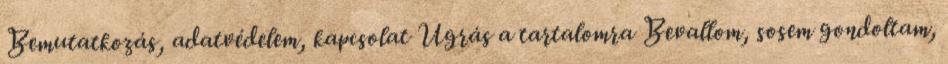
Bemutatkozás, adatvédelem, kapcsolat Ugrás a tartalomra Bevallom, sosem gondoltam,